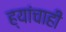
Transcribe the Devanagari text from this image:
ह्यांचाही